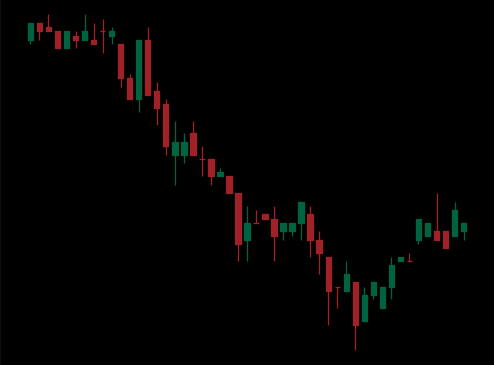
Pattern: bull_flag